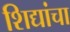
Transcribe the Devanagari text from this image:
शिद्यांचा